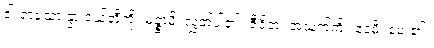
ငါးရာသော နွားငယ်တို့ကို။ မုဉ္စာမိ၊ လွှတ်ပါ၏။ ဇီဝိတံ၊ အသက်ကို။ ဒေမိ၊ ပေး၏။